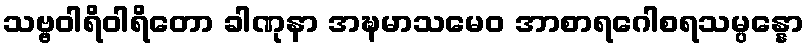
သဗ္ဗဝါရိဝါရိတော ခါဏုနာ အဍ္ဎမာသမေဝ အာစာရဂေါစရသမ္ပန္နော